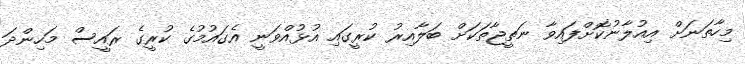
މިހާތަނަށް އިއުލާނުކޮށްފައިވާ ނަތީޖާތަކަށް ބަލާއިރު ކުރީގައި އުޅުއްވަނީ އެގައުމުގެ ކުރީގެ ރައީސް މަހިންދަ